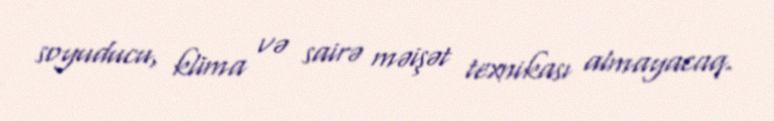
soyuducu, klima və sairə məişət texnikası almayacaq.